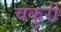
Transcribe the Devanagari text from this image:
चेकुरी